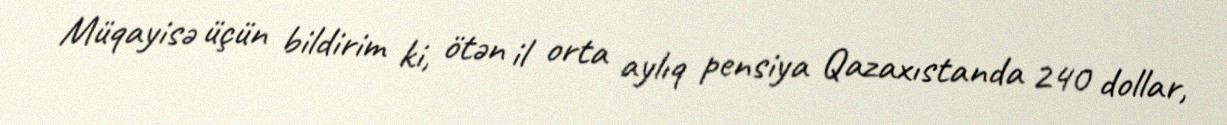
Müqayisə üçün bildirim ki, ötən il orta aylıq pensiya Qazaxıstanda 240 dollar,